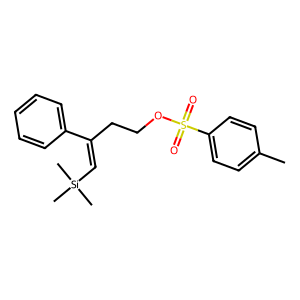
SMILES: Cc1ccc(S(=O)(=O)OCCC(=C[Si](C)(C)C)c2ccccc2)cc1
Inhibits HIV replication: No